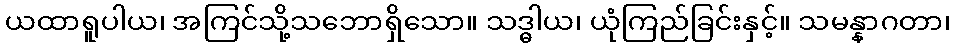
ယထာရူပါယ၊ အကြင်သို့သဘောရှိသော။ သဒ္ဓါယ၊ ယုံကြည်ခြင်းနှင့်။ သမန္နာဂတာ၊